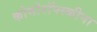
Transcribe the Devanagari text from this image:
कोमोरॉफ्स्कीना